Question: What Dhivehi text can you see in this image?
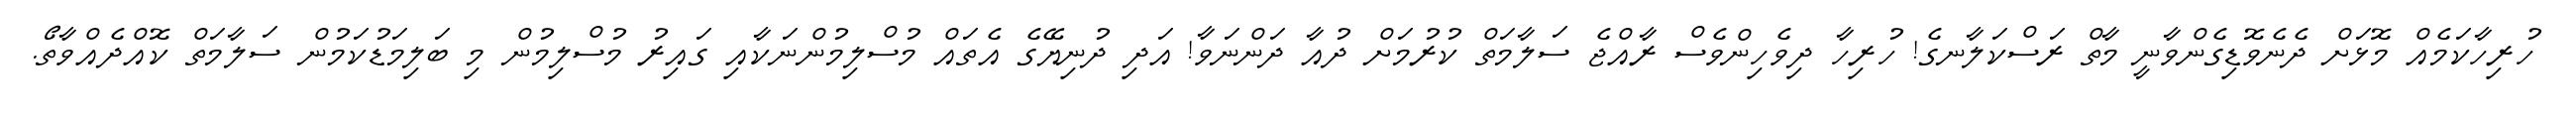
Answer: ހުރިހާކަމެއް މޮޅަށް ދެނެވޮޑިގެންވާނީ މާތް ރަސްކަލާނގެ! ހުރިހާ ދިވެހިންވެސް ރާއްޖެ ސަލާމަތް ކުރުމަށް ދުއާ ދަންނަވާ! އަދި ދުނިޔޭގެ އެތައް މުސްލިމުންނަކާއި ގައިރު މުސްލިމުން މި ބަލިމަޑުކަމުން ސަލާމަތް ކޮއްދެއްވާތޯ.